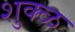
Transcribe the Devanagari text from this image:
शुक्ळ